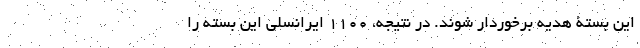
این بستۀ هدیه برخوردار شوند. در نتیجه، ۱۱۰۰ ایرانسلی این بسته را